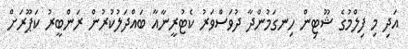
އަދި މި ފިލްމުގެ ޝޫޓިން ހިނގަމުންދާ ދުވަސްވަރު ކެޓުރީނާއާ ބައްދަލުކުރުން ރަންބީރު ކަޕޫރަށް